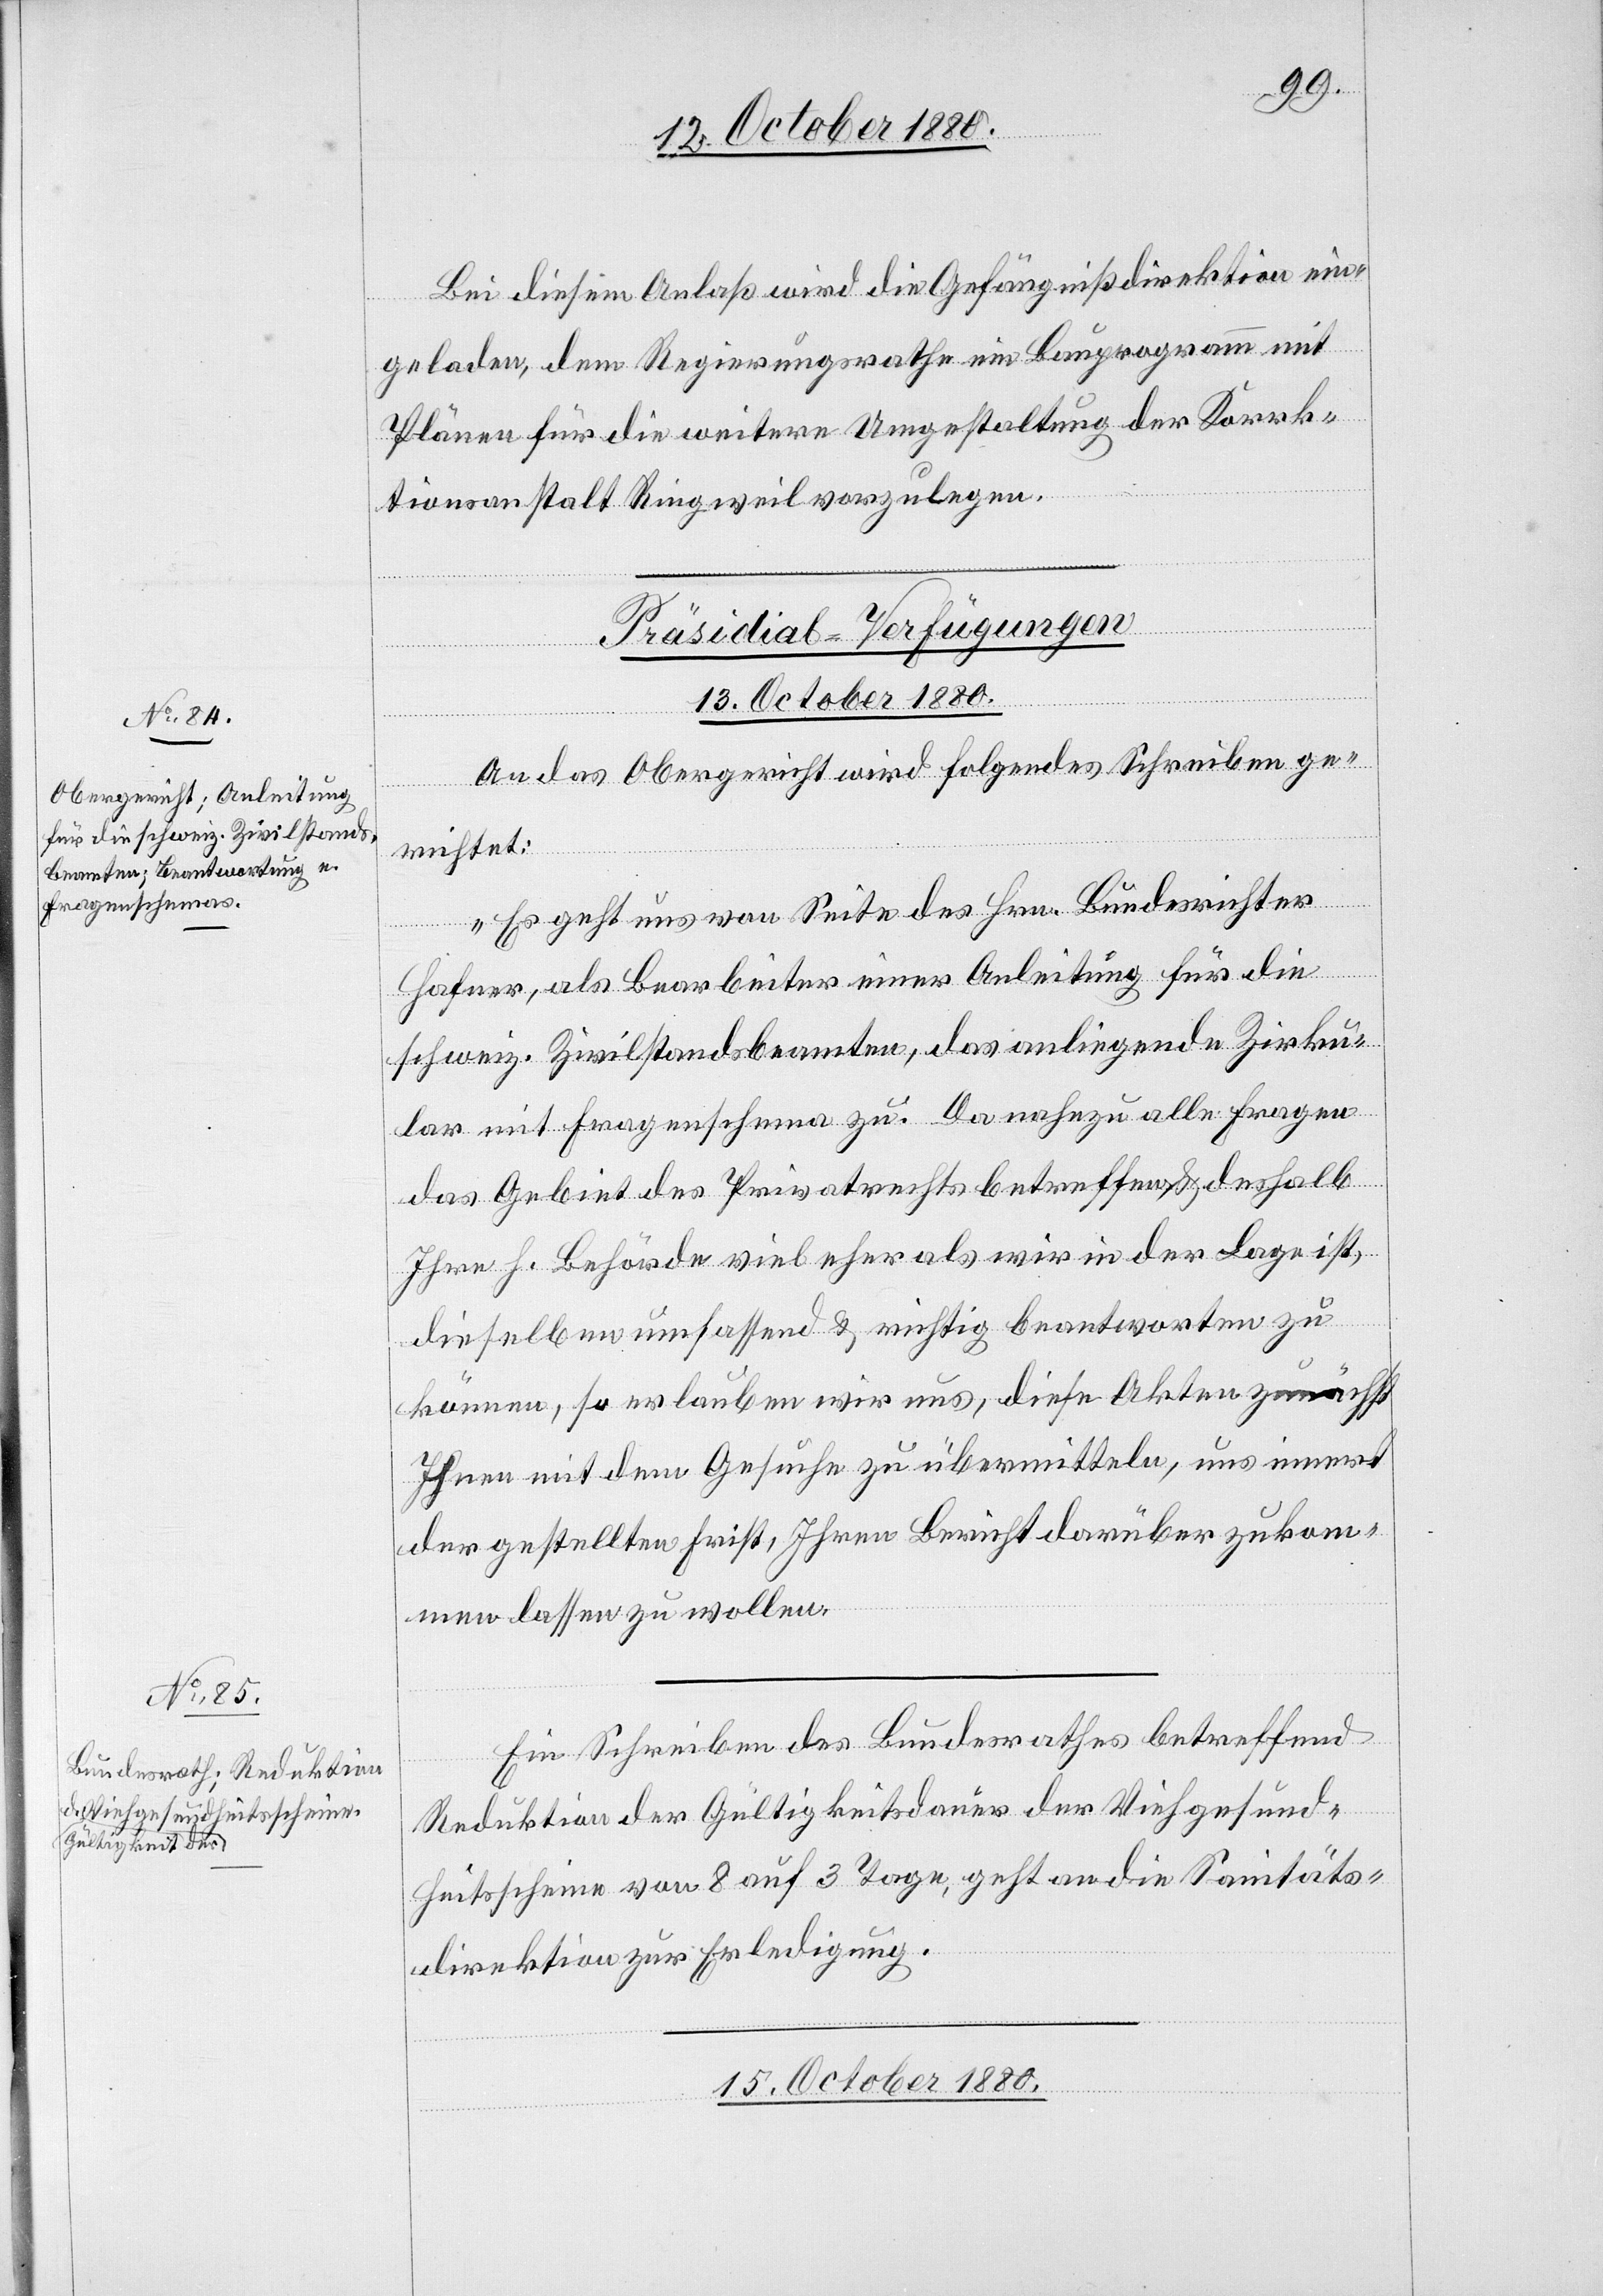
13. October 1880.
Bei diesem Anlaß wird die Gefängnißdirektion ein¬
geladen, dem Regierungsrathe ein Bauprogramm mit
Plänen für die weitere Umgestaltung der Korrek¬
tionsanstalt Ringweil vorzulegen.
[Präsidial-Verfügungen]
An das Obergericht wird folgendes Schreiben ge¬
richtet:
„Es geht uns von Seite des Hrn. Bundesrichter
Hafner, als Bearbeiter einer Anleitung für die
schweiz. Zivilstandsbeamten, das anliegende Zirku¬
lar mit Fragenschema zu. Da nahezu alle Fragen
das Gebiet des Privatrechts betreffen & deshalb
Ihre h. Behörde viel eher als wir in der Lage ist,
dieselben umfassend & richtig beantworten zu
können, so erlauben wir uns, diese Akten zunächst
Ihnen mit dem Gesuche zu übermitteln, uns innert
der geltenden Frist, Ihren Bericht darüber zukom¬
men lassen zu wollen.“
Ein Schreiben des Bundesrathes betreffend
Reduktion der Gültigkeitsdauer der Viehgesund¬
heitsscheine von 8 auf 3 Tage, geht an die Sanitäts¬
direktion zur Erledigung.
15. October 1880.